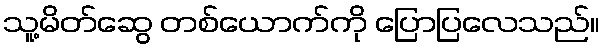
သူ့မိတ်ဆွေ တစ်ယောက်ကို ပြောပြလေသည်။